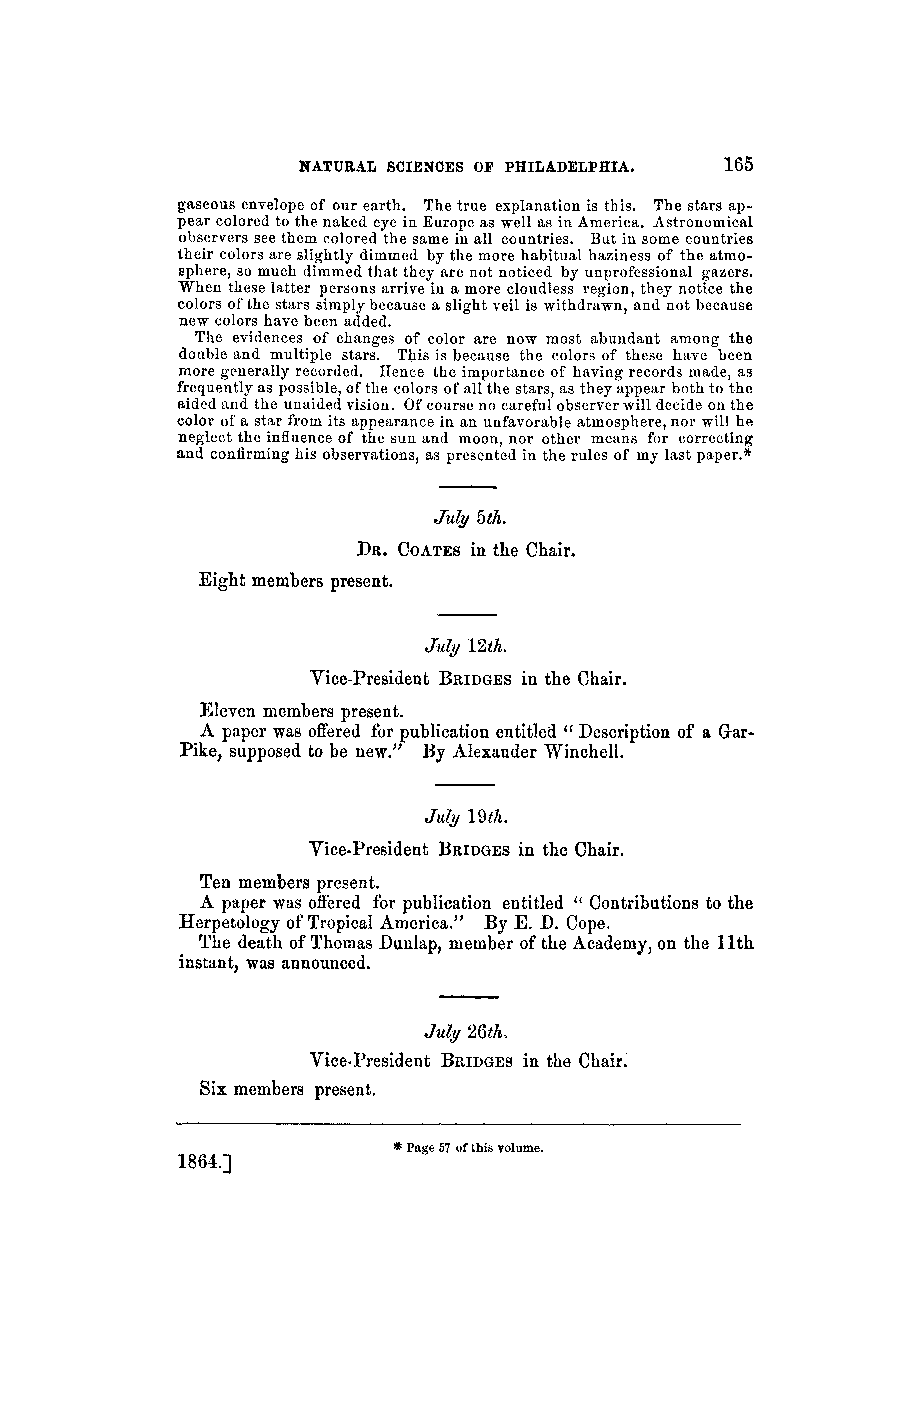
NATURAL SCIENCES OF PHILADELPHIA. 165
 gaseous envelope of our earth. The true explanation is this. The stars ap-
 pear colored to the naked eye in Europe as well as in America. Astronomical
 observers see them colored the same in all countries. But in some countries
 their colors are slightly dimmed by the more habitual haziness of the atmo-
 sphere, so much dimmed that they are not noticed by unprofessional gazers.
 When these latter persons arrive in a more cloudless region, they notice the
 colors of the stars simply because a slight veil is withdrawn, and not because
 new colors have been added.
 The evidences of changes of color are now most abundant among the
 double and multiple stars. This is because the colors of these have been
 more generally recorded. Hence the importance of having records made, as
 frequently as possible, of the colors of all the stars, as they appear both to the
 aided and the unaided vision. Of course no careful observer will decide on the
 color of a star from its appearance in an unfavorable atmosphere, nor will he
 neglect the influence of the sun and moon, nor other means for correcting
 and confirming his observations, as presented in the rules of my last paper.*
 July 5th.
 DR. COATES in the Chair.
 Eight members present.
 July 12th.
 Vice-President BRIDGESi n the Chair.
 Eleven members present.
 A paper was offered for publication entitled " Description of a Gar-
 Pike, supposed to be new." By Alexander Winchell.
 July 19th.
 Vice-President BRIDGES in the Chair.
 Ten members present.
 A paper was offered for publication entitled "' Contributions to the
 Herpetology of Tropical America," By E. D. Cope.
 The death of Thomas Dunlap, member of the Academy, on the 11th
 instant, was announced.
 July 26th.
 Vice-President BRIDGESi n the Chair.
 Six members present.
 1 Page 57 of this volume.
 1864.]